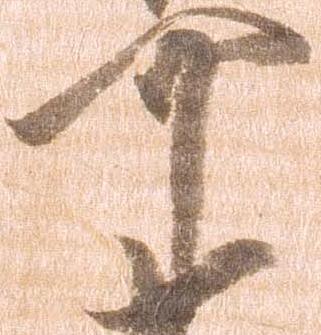
可